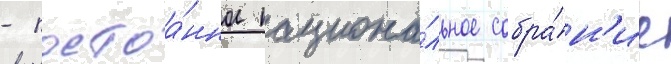
- постоа́нное национа́льное собра́н'ие